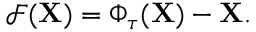
\mathcal { F } ( \mathbf { X } ) = \Phi _ { \tau } ( \mathbf { X } ) - \mathbf { X } .